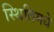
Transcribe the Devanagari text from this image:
स्थितिमधे